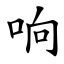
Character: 响